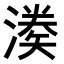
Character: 𭲌